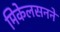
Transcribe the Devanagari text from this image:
मिकेलसनने